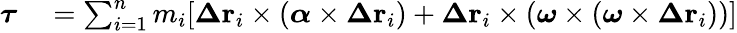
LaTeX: \begin{array}{rl}{{\boldsymbol{\tau}}}&{{}=\sum_{i=1}^{n}m_{i}[{\boldsymbol{\Delta}}\mathbf{r}_{i}\times({\boldsymbol{\alpha}}\times{\boldsymbol{\Delta}}\mathbf{r}_{i})+{\boldsymbol{\Delta}}\mathbf{r}_{i}\times({\boldsymbol{\omega}}\times({\boldsymbol{\omega}}\times{\boldsymbol{\Delta}}\mathbf{r}_{i}))]}\end{array}